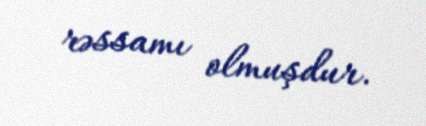
rəssamı olmuşdur.